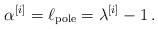
LaTeX: \begin{align*}\alpha^{[i]} = \ell_{\mathrm{pole}} = \lambda^{[i]} - 1\,.\end{align*}